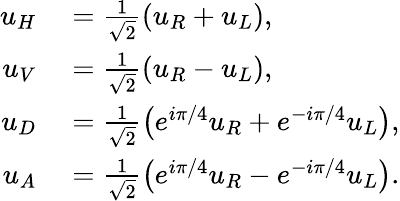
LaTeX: \begin{array}{rl}{u_{H}}&{{}=\frac{1}{\sqrt{2}}\left(u_{R}+u_{L}\right),}\\ {u_{V}}&{{}=\frac{1}{\sqrt{2}}\left(u_{R}-u_{L}\right),}\\ {u_{D}}&{{}=\frac{1}{\sqrt{2}}\left(e^{i\pi/4}u_{R}+e^{-i\pi/4}u_{L}\right),}\\ {u_{A}}&{{}=\frac{1}{\sqrt{2}}\left(e^{i\pi/4}u_{R}-e^{-i\pi/4}u_{L}\right).}\end{array}